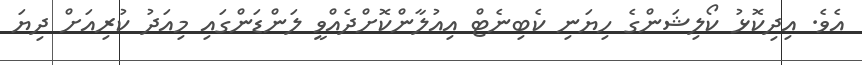
އެވެ. އިދިކޮޅު ކޯލިޝަންގެ ހިޔަނި ކެބިނެޓް އިއުލާންކޮށްދެއްވީ ލަންޑަންގައި މިއަދު ކުރިއަށް ދިޔަ